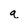
Character: q